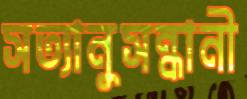
সত্যানুসন্ধানী